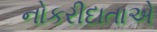
નોકરીદાતાએ